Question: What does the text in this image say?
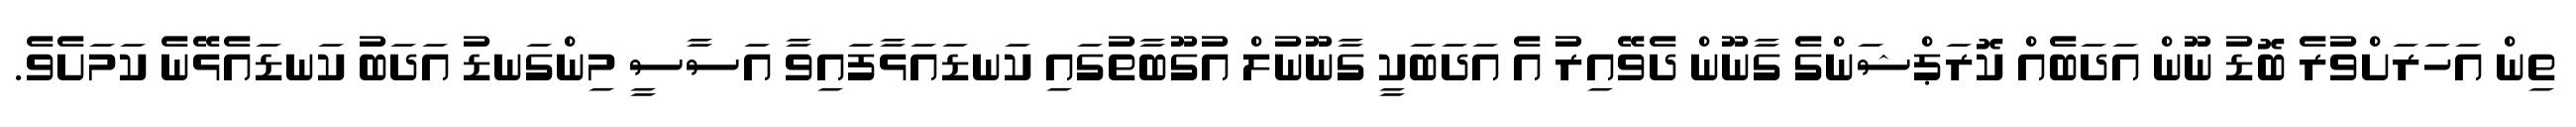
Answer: ތިން އަހަރަށްވުރެ ބޮޑު ނޫން އަދަބެއް ކޮރަޕްޝަންގެ ގާނޫން ދެވޭއިރު އެ އަދަބަކީ ގާނޫނުލް އުގޫބާތުގައި ކަނޑައަޅާފައިވާ އަސާސީ މިންގަނޑު އަދަބު ކަނޑައެޅޭނެ ކަމަށެވެ.